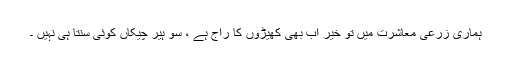
ہماری زرعی معاشرت میں تو خیر اب بھی کھیڑوں کا راج ہے ، سو ہیر چیکاں کوئی سنتا ہی نہیں ۔